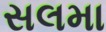
સલમા